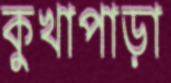
কুখাপাড়া